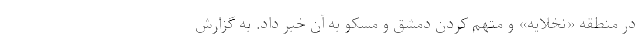
در منطقه «نخلایه» و متهم کردن دمشق و مسکو به آن خبر داد. به گزارش